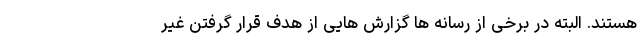
هستند. البته در برخی از رسانه ها گزارش هایی از هدف قرار گرفتن غیر